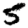
Digit: 5